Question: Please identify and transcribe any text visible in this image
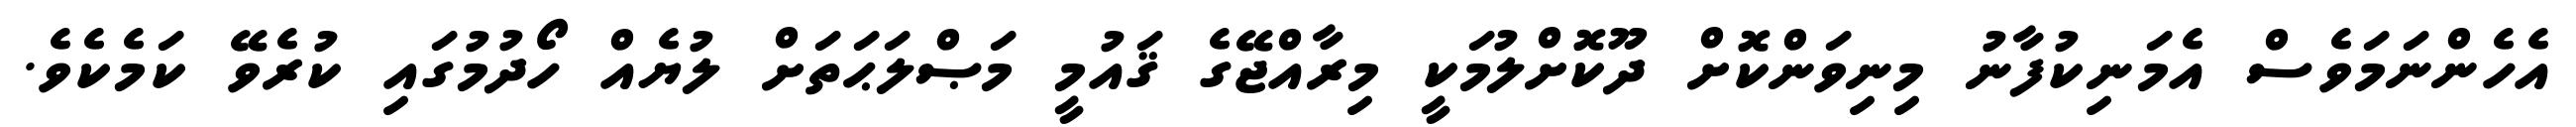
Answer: އެހެންނަމަވެސް އެމަނިކުފާނު މިނިވަންކޮށް ދޫކޮށްލުމަކީ މިރާއްޖޭގެ ޤައުމީ މަޞްލަޙަތަށް ލުޔެއް ހޯދުމުގައި ކުރެވޭ ކަމެކެވެ.